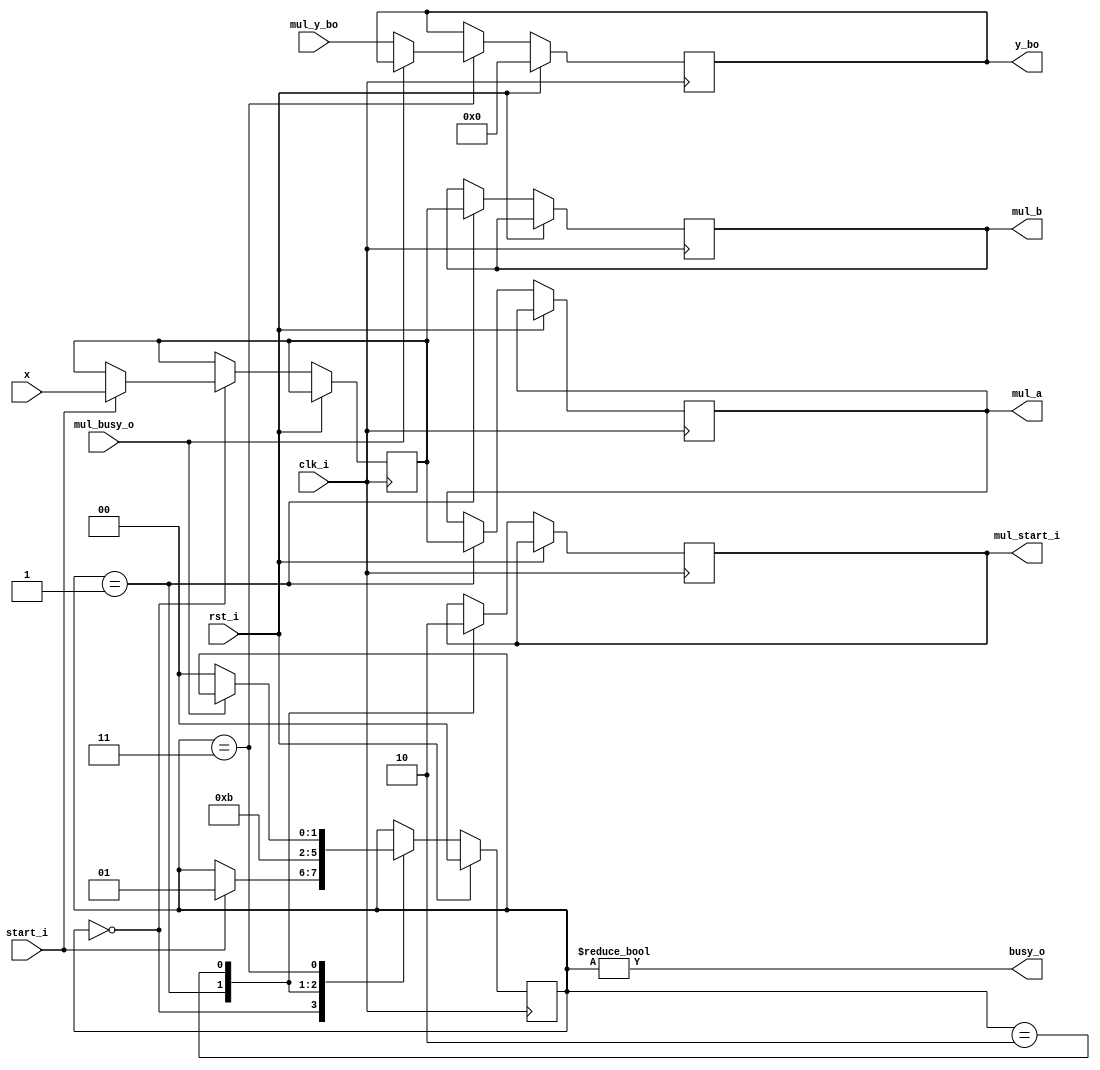
`timescale 1ns / 1ps


module sqr(
    input clk_i,
    input rst_i,
    
    input [7:0] x,
    input start_i,
    
    output reg[7:0] mul_a,
    output reg[7:0] mul_b,
    output reg mul_start_i,
    input mul_busy_o,
    input [15:0] mul_y_bo,
    
    output busy_o,
    output reg[15:0] y_bo
    );
    
    localparam IDLE = 2'b0;
    localparam WORK = 2'b1;
    localparam WAIT1 = 2'b10;
    localparam WAIT2 = 2'b11;
    
    reg[7:0] x_bi;
    reg[1:0] state;
    
    assign busy_o = (state != IDLE);
    
    always @(posedge clk_i) begin
        if(rst_i) begin
            y_bo <= 0;
            state <= IDLE;
        end else begin
            case(state)
                IDLE:
                    if(start_i) begin
                        state <= WORK;
                        x_bi  <= x;
                    end
                WORK: begin
                    mul_a <= x_bi;
                    mul_b <= x_bi;
                    mul_start_i <= 1;
                    state <= WAIT1;
                end
                WAIT1: begin
                    mul_start_i <= 0;
                    state       <= WAIT2;
                    end
                WAIT2:
                    if(!mul_busy_o) begin
                        y_bo  <= mul_y_bo;
                        state <= IDLE;
                    end
            endcase
        end
    end   
endmodule